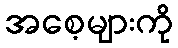
အစေ့များကို